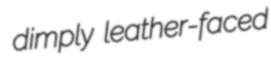
dimply leather-faced